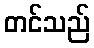
တင်သည်